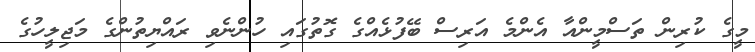
މީގެ ކުރިން ތަސްމީންއާ އެންމެ އަރިސް ބޭފުޅެއްގެ ގޮތުގައި ހުންނެވި ރައްޔިތުންގެ މަޖިލީހުގެ